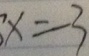
x = - 3